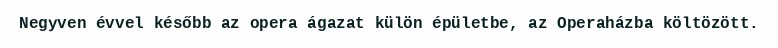
Negyven évvel később az opera ágazat külön épületbe, az Operaházba költözött.